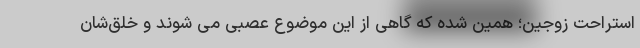
استراحت زوجین؛ همین شده که گاهی از این موضوع عصبی می شوند و خلق‌شان